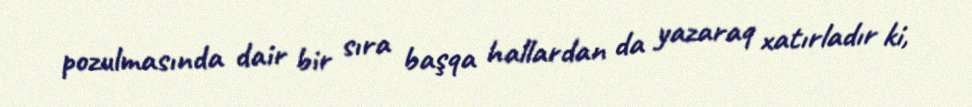
pozulmasında dair bir sıra başqa hallardan da yazaraq xatırladır ki,